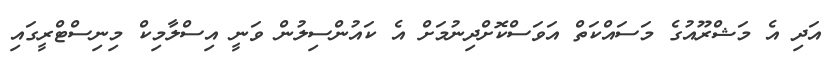
އަދި އެ މަޝްރޫއުގެ މަސައްކަތް އަވަސްކޮށްދިނުމަށް އެ ކައުންސިލުން ވަނީ އިސްލާމިކް މިނިސްޓްރީގައި